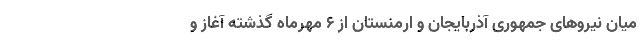
میان نیروهای جمهوری آذربایجان و ارمنستان از ۶ مهرماه گذشته آغاز و